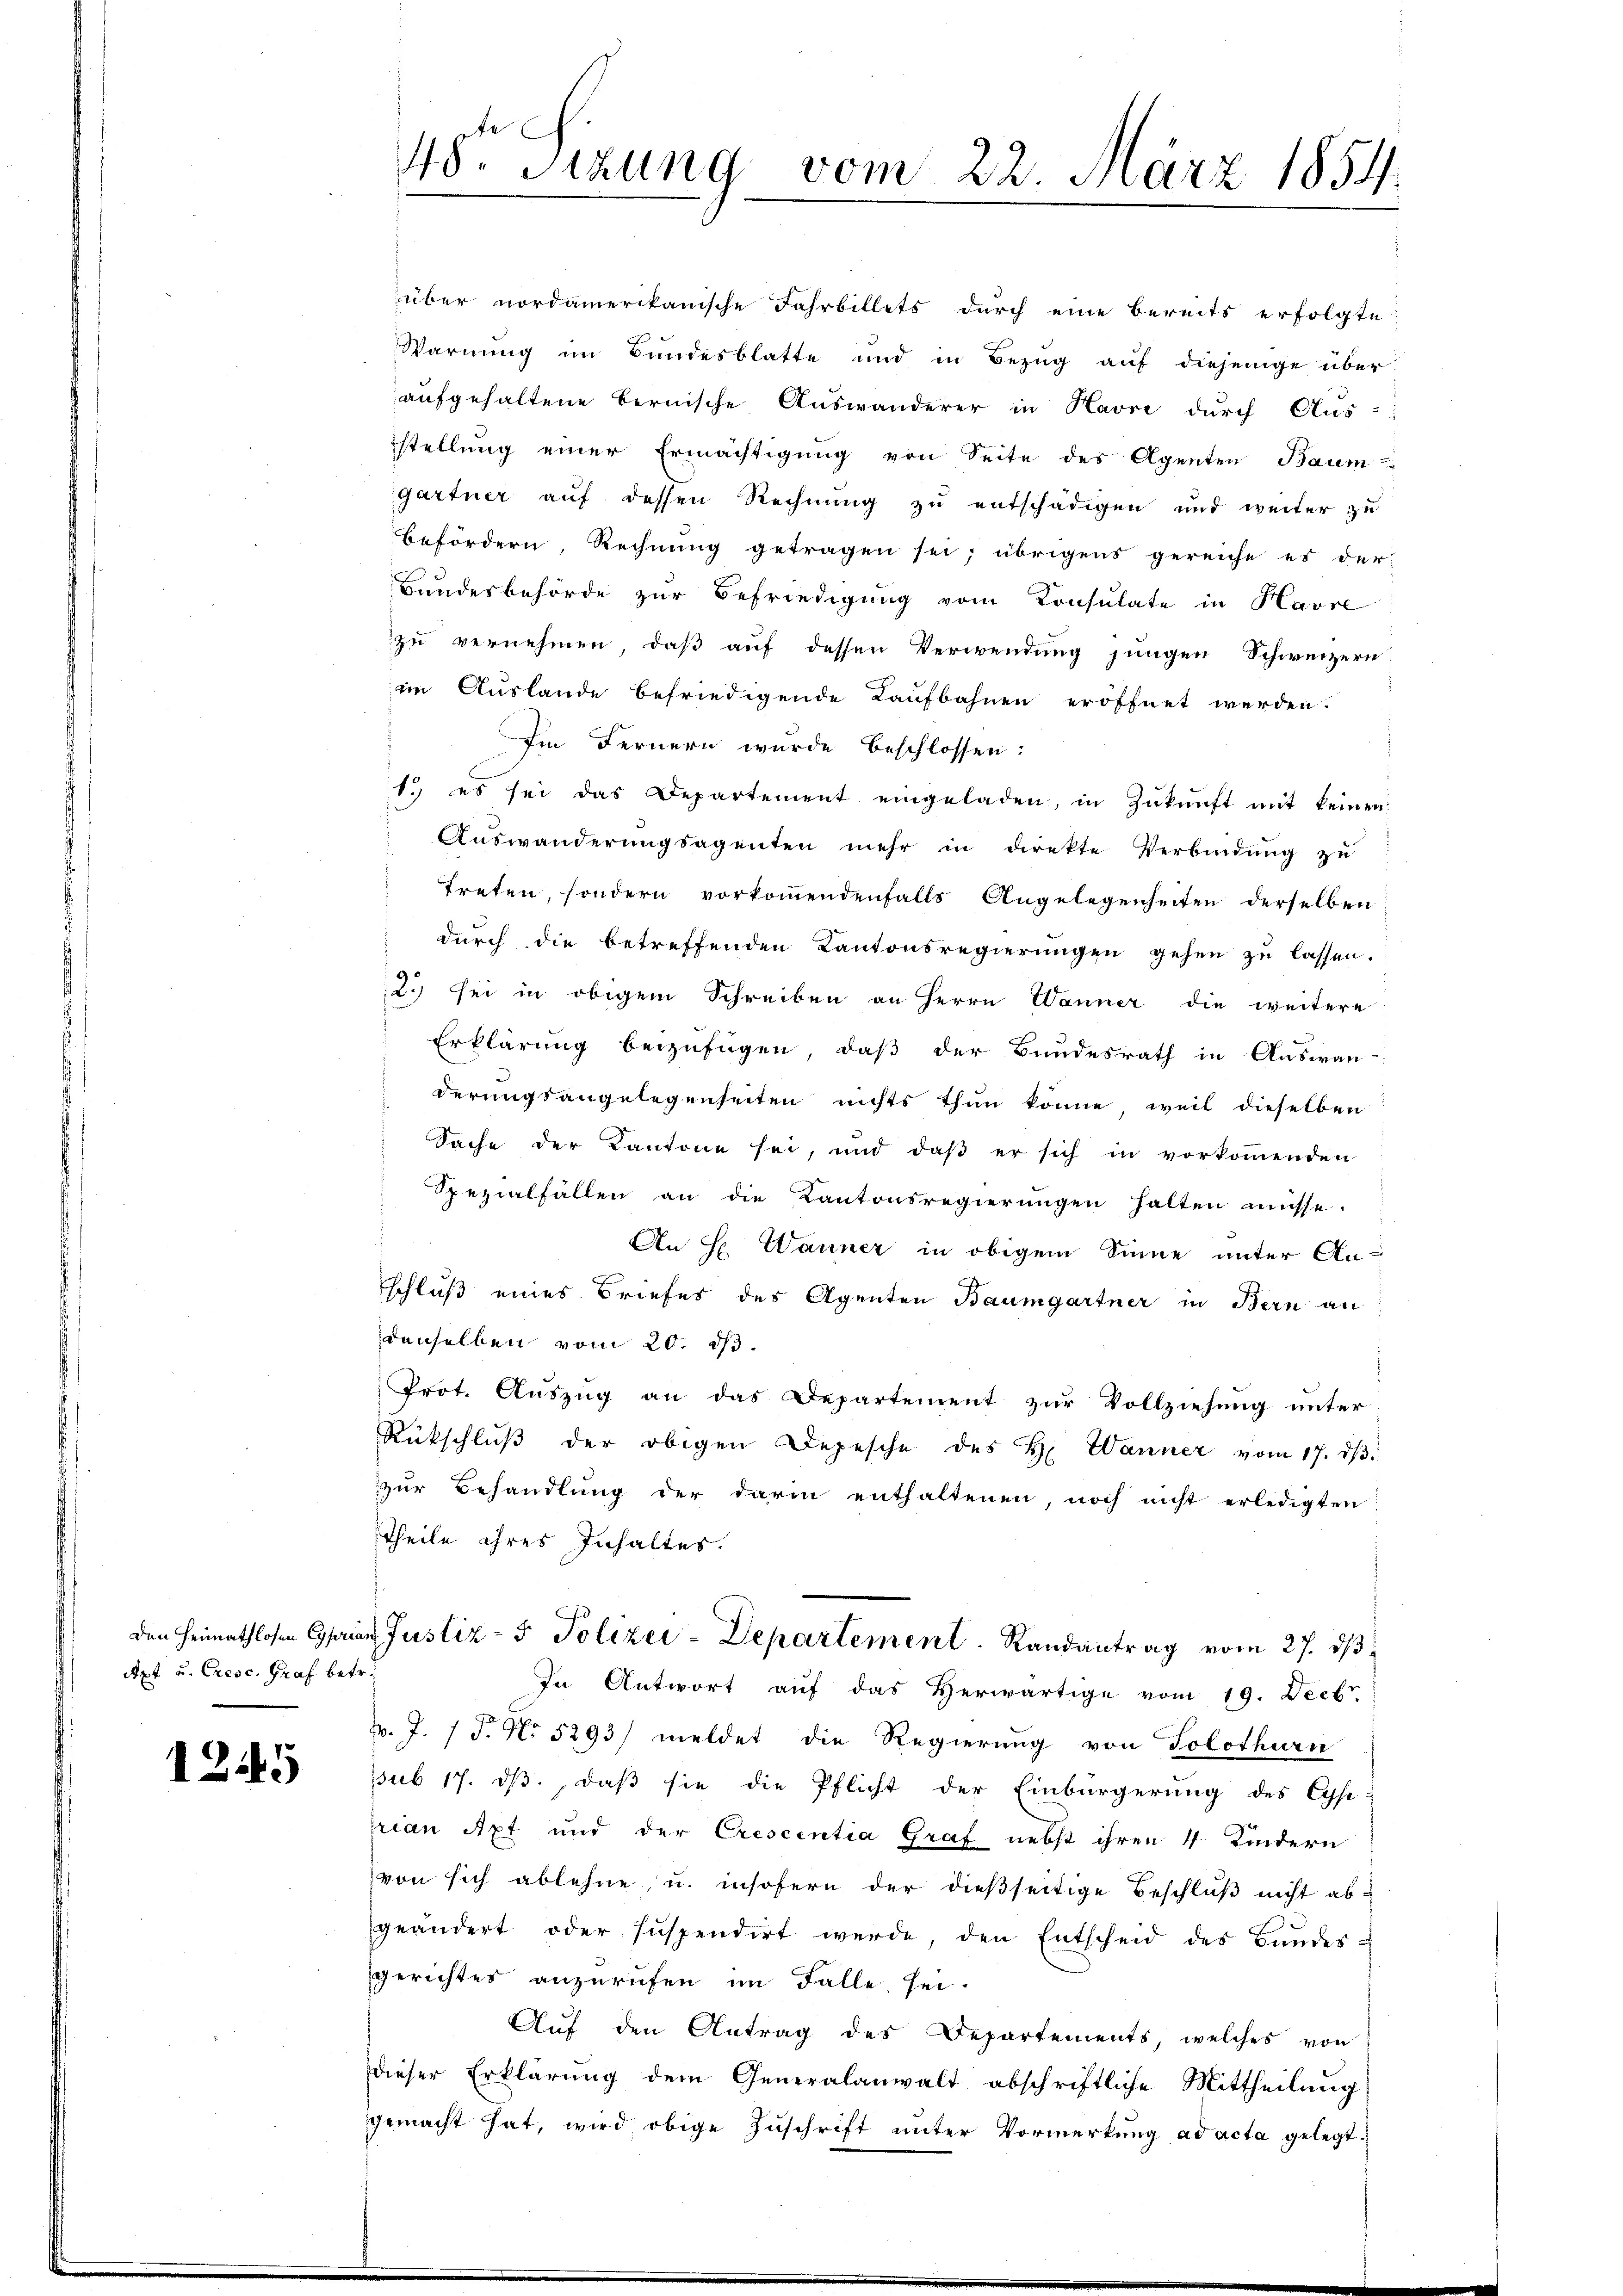
Apt u. Cresc. Graf betr.

1245

48 Sizung vom 22. März 1854.

über nordamerikanische Fahrbillets durch eine bereits erfolgte
Warnung im Bundesblatte und in Bezug auf diejenige über
aufgehaltene Bernische Auswanderer in Havre durch Aus-
stellung einer Ermächtigung von Seite des Agenten Baum
gartner auf dessen Rechnung zu entschädigen und weiter zu
befördern, Rechnung getragen sei; übrigens gereiche es der
Bundesbehörde zur Befriedigung vom Consulate in Havre
zu vernehmen, daß auf dessen Verwendung jungen Schweizern,
im Auslande befriedigende Kaufbahnen eröffnet werden.
Im Fernern wurde beschlossen:
1.) es sei das Departement eingeladen, in Zŭkŭnft mit keinen
Auswanderŭngsagenten mehr in direkte Verbindŭng zŭ
treten, sondern vorkoṁendenfalls Angelegenheiten derselben
durch die betreffenden Kantonsregierungen gehen zu lassen.
2.) sei in obigem Schreiben an Herrn Wanner die weitere
Erklärung beizufügen, daß der Bundesrath in Auswan-
derungsangelegenheiten nichts thun könne, weil dieselben
Sache der Kantone sei, und daß er sich in vorkommenden
Spezialfällen an die Kantonsregierungen halten müsse.
An H. Wanner in obigem Sinne unter Anschluß eines Briefes des Agenten Baumgartner in Bern an
denselben vom 20. ds.
Prot. Auszug an das Departement zur Vollziehung unter
Rückschlŭβ der obigen Depesche des H. Wanner vom 17. dβ.
zur Behandlung der darin enthaltenen, noch nicht erledigten
Theile ihres Inhaltes.
den Heimathlosen Copian Justiz- & Polizei-Departement. Randantrag vom 27. dβ
In Antwort aŭf das herwärtige vom 19. Decbr.
F. J. J. No 5293/ meldet die Regierung von Solothurn
sub 17. ds., daß sie die Pflicht der Einbürgerung des Cyp
pian Axt und der Crescentia Graf nebst ihren 4 Kindern
von sich ablehne, u. insofern der dießseitige Beschlŭβ nicht abgeändert oder suspendirt werde, den Entscheid des Bŭndesgerichtes anzurufen im Falle sei.
Auf den Antrag des Departements, welches von
dieser Erklärung dem Generalanwalt abschriftliche Mittheilung
gemacht hat, wird obige Zuschrift unter Vormerkung ad acta gelegt.